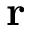
\textbf { r }